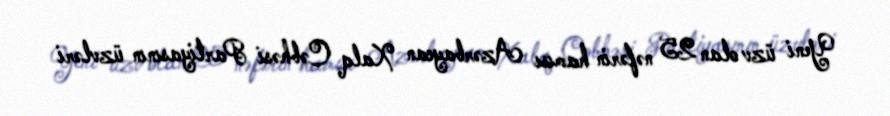
Yeni üzv olan 25 nəfərin hamısı Azərbaycan Xalq Cəbhəsi Partiyasının üzvləri